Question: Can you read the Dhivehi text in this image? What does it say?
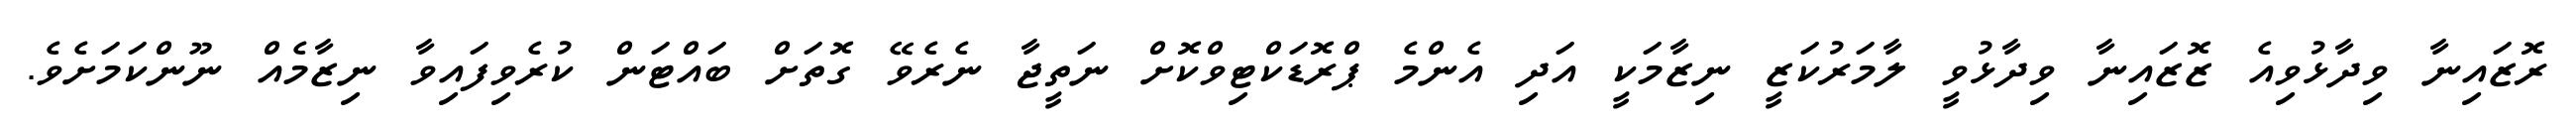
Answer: ރޮޒައިނާ ވިދާޅުވިއެ ޒޮޒައިނާ ވިދާޅުވީ ލާމަރުކަޒީ ނިޒާމަކީ އަދި އެންމެ ޕްރޮޑަކްޓިވްކޮށް ނަތީޖާ ނެރެވޭ ގޮތަށް ބައްޓަން ކުރެވިފައިވާ ނިޒާމެއް ނޫންކަމަށެވެ.